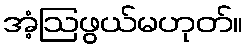
အံ့ဩဖွယ်မဟုတ်။